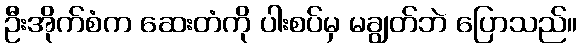
ဦးအိုက်စံက ဆေးတံကို ပါးစပ်မှ မချွတ်ဘဲ ပြောသည်။